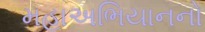
મહાઅભિયાનનો